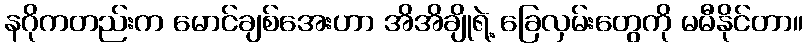
နဂိုကတည်းက မောင်ချစ်အေးဟာ အိအိချိုရဲ့ ခြေလှမ်းတွေကို မမီနိုင်တာ။